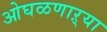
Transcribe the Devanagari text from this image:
ओघळणाऱ्या